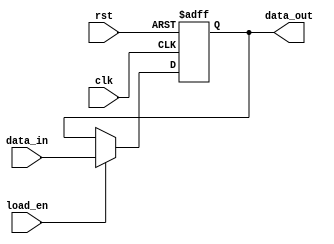
module ControlRegister #(
    parameter WIDTH = 8  // Parameter to define the width of the control register
)(
    input wire clk,          // Clock signal
    input wire rst,          // Asynchronous reset signal
    input wire [WIDTH-1:0] data_in,  // Data input for control signals
    input wire load_en,      // Load enable signal
    output reg [WIDTH-1:0] data_out  // Data output for current value of the register
);

// Asynchronous reset and synchronous load logic
always @(posedge clk or posedge rst) begin
    if (rst) begin
        data_out <= {WIDTH{1'b0}};  // Reset the register to all zeros
    end else if (load_en) begin
        data_out <= data_in;        // Load data input into the register
    end
    // If neither reset nor load enable is asserted, retain current value
end

endmodule